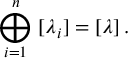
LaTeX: \bigoplus _ { i = 1 } ^ { n } \, \, [ \lambda _ { i } ] = [ \lambda ] \, .